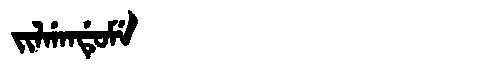
Manchu: ᠵᡳᠯᡤᠠᠨᡩᡠᠮᡝ
Romanization: JILGANDUME